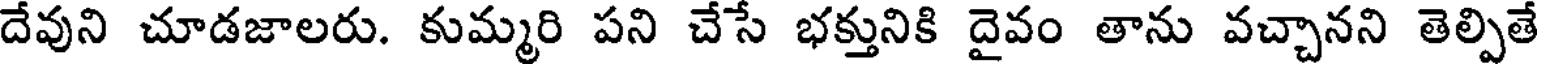
దేవుని చూడజాలరు. కుమ్మరి పని చేసే భక్తునికి దైవం తాను వచ్చానని తెల్పితే